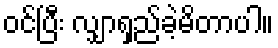
ဝင်ပြီး လျှာရှည်ခဲ့မိတာပါ။